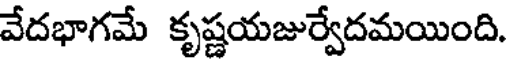
వేదభాగమే కృష్ణయజుర్వేదమయింది.